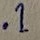
Text: .1